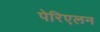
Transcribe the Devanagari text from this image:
पेरिएलन